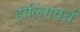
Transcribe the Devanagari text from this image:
हालिंगवर्थ